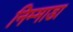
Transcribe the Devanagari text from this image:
निम्माडा